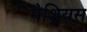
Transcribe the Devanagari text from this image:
मेशियस